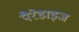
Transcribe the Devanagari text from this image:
पैरेडाइज